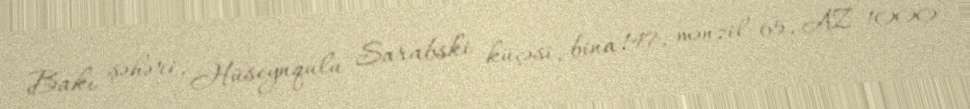
Bakı şəhəri, Hüseynqulu Sarabski küçəsi, bina 147, mənzil 65, AZ 1000